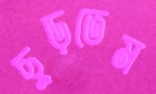
ছুড়তেম